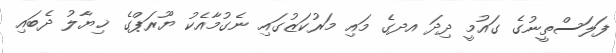
ފަލަސްތީނުގެ ގައުމީ ދިދަ އދގެ މައި މަރުކަޒުގައި ނެގުމާއެކު ޔޫރަޕްގެ ޚިޔާލު ދެބައި